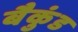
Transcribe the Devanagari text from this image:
बैकुंड